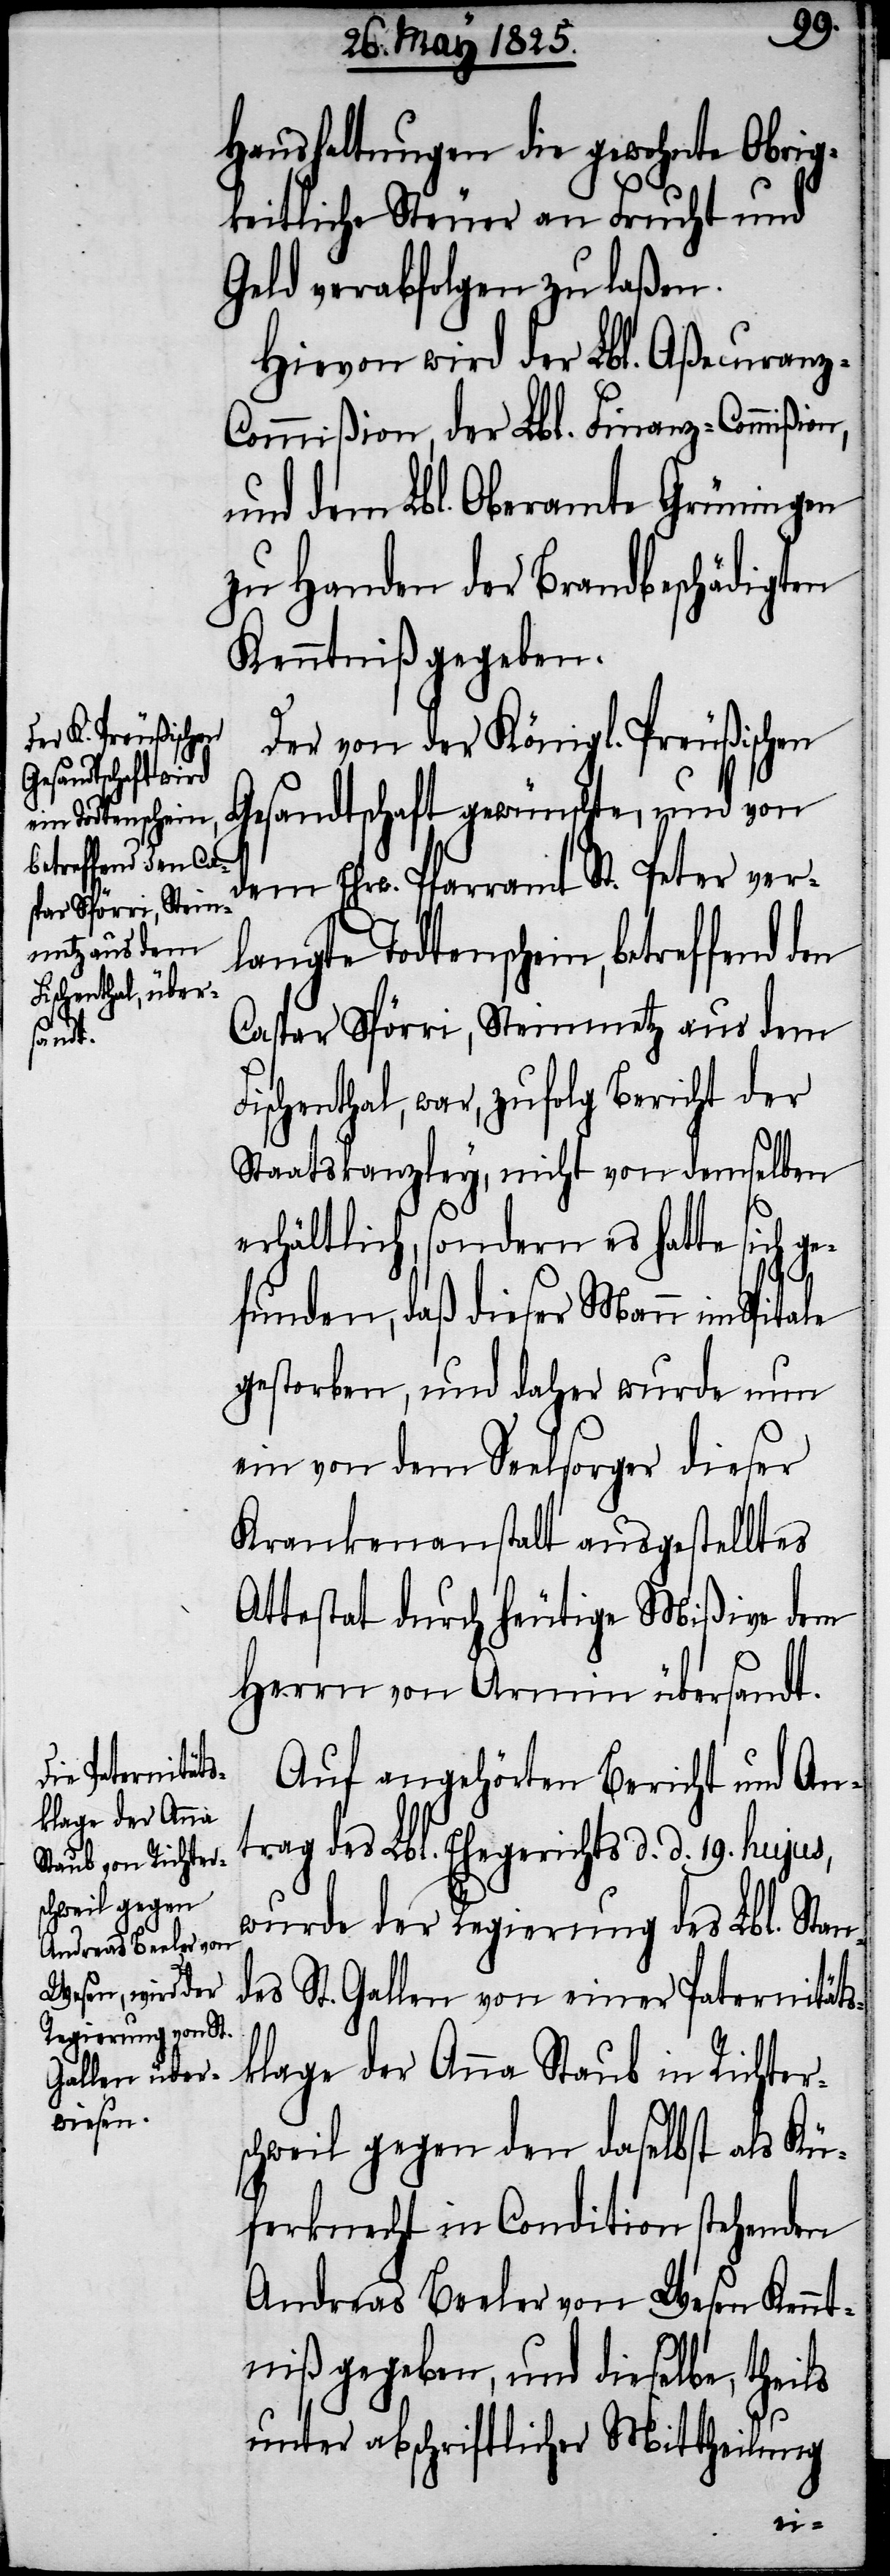
Haushaltungen die gewohnte Obrig¬
keitliche Steuer an Frucht und
Geld verabfolgen zu laßen.
Hievon wird der Lbl. Aßecuranz-C¬
ommißion, der Lbl. Finanz-Commißio¬
und dem Lbl. Oberamte Grüningen
zu Handen der Brandbeschädigten
Kenntniß gegeben.
Der von der Königl. Preußischen
Gesandtschaft gewünschte, und von
e Todtenschein,
betreffend den Cas¬
dem Ehrw. Pfarramt St. Peter ver¬
par Spörri, Steinm¬
etz aus dem
langt¬
Fischenthal, war, zufolg Bericht der
Staatskanzley, nicht von demselben
erhältlich, sondern es hatte sich ge¬
funden, daß dieser Mann im
gestorben, und daher wurde nun
ein von dem Seelsorger dieser
Krankenanstalt ausgestelltes
Attestat durch heutige Mißive dem
Herrn von Armin übersandt.
Auf angehörten Bericht und Ant¬
rag des Lbl. Ehegerichts d. d. 19. hujus,
wurde der Regierung des Lbl. Stan¬
des St. Gallen von einer Paternitäts¬
klage der Anna Staub in Richter¬
schweil gegen den daselbst als Kü¬
ferknecht in Condition stehenden
Andreas Beeler von Wesen Kennt¬
niß gegeben, und dieselbe, thei¬
unter abschriftlicher Mittheilung
ls